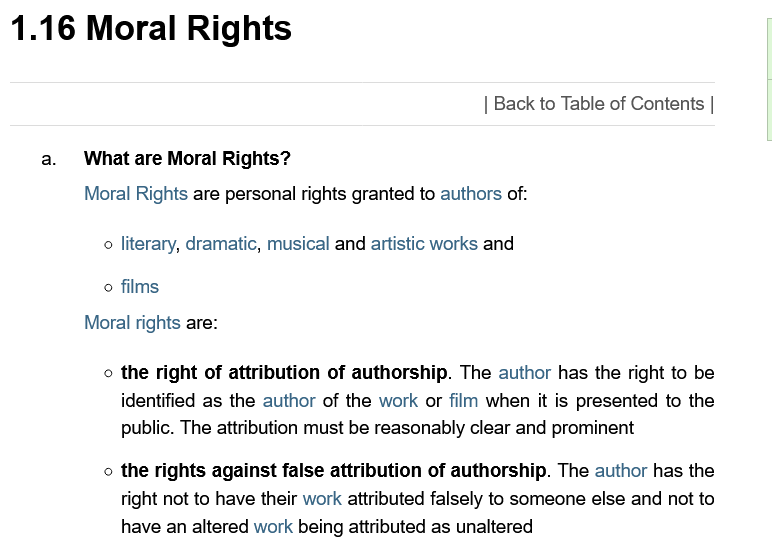
1.16    Moral    Rights
     What are Moral Rights?
     Mora! Rights are personal rights granted to authors of:
     Moral rights are:
     the  right of attribution of authorship. [he author has the right to be
     identified as the author of the work or film when it is presented to the
     public. The attribution must be reasonably clear and prominent
     the rights against false attribution of authorship. The author has the
     right not to have their work attributed falsely to someone else and not to
     have an altered work being attributed as unaltered
     | Back to Table of Contents |